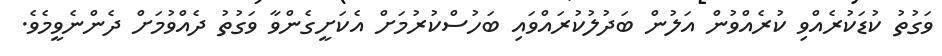
ވަގުތު ކުޑަކުރެއްވި ކުރެއްވުން އަލުން ބަދުލުކުރައްވައި ބަހުސްކުރުމަށް އެކަށީގެންވާ ވަގުތު ދެއްވުމަށް ދެންނެވީމެވެ.